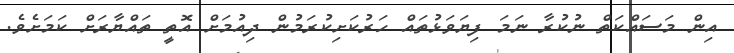
އިން މަސައްކަތް ނުކުރާ ނަމަ ފިޔަވަޅުތައް ހަރުކަށިކުރަމުން ދިއުމަށް އޮތީ ތައްޔާރަށް ކަމަށެވެ.